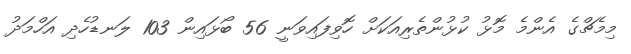
މިމެޗްގެ އެންމެ މޮޅު ކުޅުންތެރިއަކަށް ހޮވިފައިވަނީ 56 ބޯޅައިން 103 ލަނޑުހެދި އަހްމަދު